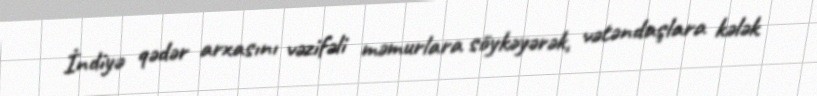
İndiyə qədər arxasını vəzifəli məmurlara söykəyərək, vətəndaşlara kələk